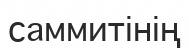
саммитінің